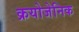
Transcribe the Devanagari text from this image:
क्रयोजेनिक